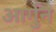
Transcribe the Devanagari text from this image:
आर्गुन